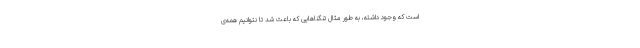
است که وجود داشته، به طور مثال تنگناهایی که باعث شد تا نتوانیم همه‌ی